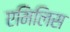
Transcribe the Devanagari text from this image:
एमिलिस